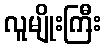
လူမျိုးကြီး